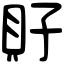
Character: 𧴯